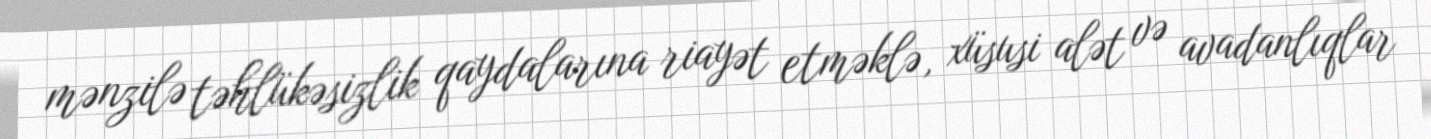
mənzilə təhlükəsizlik qaydalarına riayət etməklə, xüsusi alət və avadanlıqlar